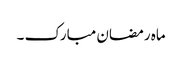
ماہ رمضان مبارک ۔